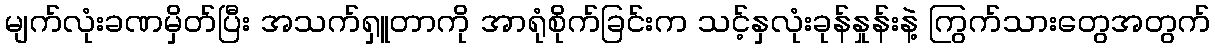
မျက်လုံးခဏမှိတ်ပြီး အသက်ရှူတာကို အာရုံစိုက်ခြင်းက သင့်နှလုံးခုန်နှုန်းနဲ့ ကြွက်သားတွေအတွက်